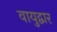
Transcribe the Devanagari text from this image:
वायुद्वार